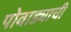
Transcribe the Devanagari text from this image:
पोवाड्याची